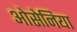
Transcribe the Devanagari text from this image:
ओसेनिया